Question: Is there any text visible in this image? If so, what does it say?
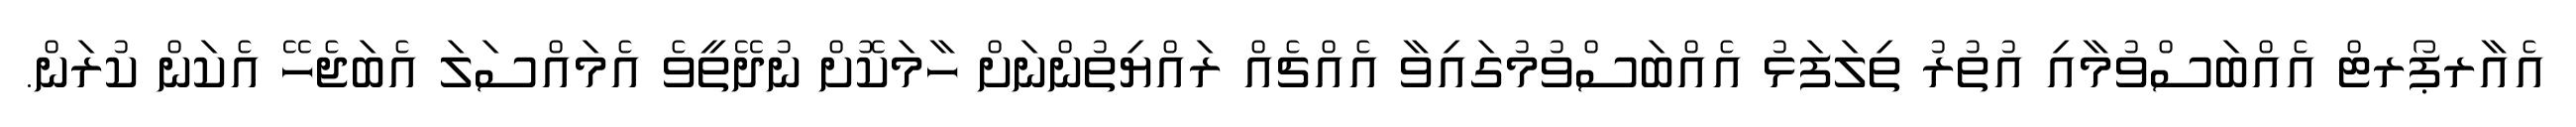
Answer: އެއާރޕޯރޓް އެއްބަސްވުމާއި އުތުރު ތިލަފަޅު އެއްބަސްވުމުގައިވާ އެއްޗެއް ރައްޔިތުންނަށް ހާމަކޮށް ނުދޭތީވެ އެމައްސަލަ އެބަޖެހޭ އެކަން ކުރަން.